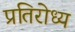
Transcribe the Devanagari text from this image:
प्रतिरोध्य